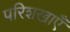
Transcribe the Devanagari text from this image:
परिशखाएँ